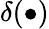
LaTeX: \delta(\bullet)